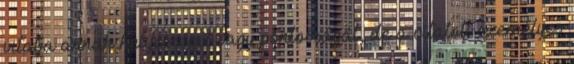
vitatja annak helyességét vagy pontosságát, de a vitatott személyes